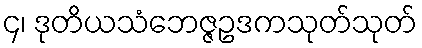
၄၊ ဒုတိယသံဘေဇ္ဇဥဒကသုတ်သုတ်